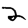
Digit: 2